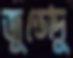
জুডোদু